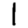
Digit: 1